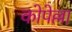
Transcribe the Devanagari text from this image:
कोपेल्ला